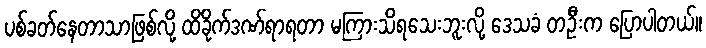
ပစ်ခတ်နေတာသာဖြစ်လို့ ထိခိုက်ဒဏ်ရာရတာ မကြားသိရသေးဘူးလို့ ဒေသခံ တဦးက ပြောပါတယ်။